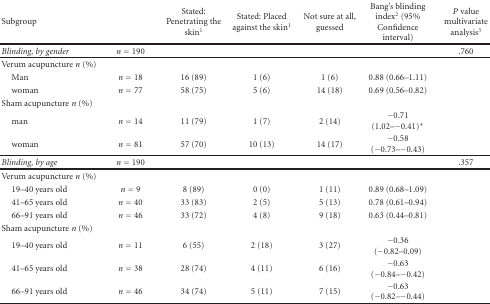
<table><thead><tr><td><b>Subgroup</b></td><td></td><td><b>Stated: Penetrating the skin<sup>1</sup></b></td><td><b>Stated: Placed against the skin<sup>1</sup></b></td><td><b>Not sure at all, guessed</b></td><td><b>Bang&#x27;s blinding index<sup>2</sup> (95% Confidence interval)</b></td><td><b><i>P</i> value multivariate analysis<sup>3</sup></b></td></tr></thead><tbody><tr><td><i>Blinding, by gender</i></td><td><i>n</i> = 190</td><td></td><td></td><td></td><td></td><td>.760</td></tr><tr><td>Verum acupuncture <i>n</i> (%)</td><td></td><td></td><td></td><td></td><td></td><td></td></tr><tr><td>Man</td><td><i>n</i> = 18</td><td>16 (89)</td><td> 1 (6)</td><td> 1 (6)</td><td>0.88 (0.66–1.11)</td><td></td></tr><tr><td>woman</td><td><i>n</i> = 77</td><td>58 (75)</td><td> 5 (6)</td><td>14 (18)</td><td>0.69 (0.56–0.82)</td><td></td></tr><tr><td>Sham acupuncture <i>n</i> (%)</td><td></td><td></td><td></td><td></td><td></td><td></td></tr><tr><td> man</td><td><i>n</i> = 14</td><td>11 (79)</td><td> 1 (7)</td><td> 2 (14)</td><td>−0.71 (1.02–−0.41)*</td><td></td></tr><tr><td>woman</td><td><i>n</i> = 81</td><td>57 (70)</td><td>10 (13)</td><td>14 (17)</td><td>−0.58 (−0.73–−0.43)</td><td></td></tr><tr><td><i>Blinding, by age</i></td><td><i>n</i> = 190</td><td></td><td></td><td></td><td></td><td>.357</td></tr><tr><td>Verum acupuncture <i>n</i> (%)</td><td></td><td></td><td></td><td></td><td></td><td></td></tr><tr><td> 19–40 years old</td><td><i>n</i> = 9</td><td> 8 (89)</td><td> 0 (0)</td><td> 1 (11)</td><td>0.89 (0.68–1.09)</td><td></td></tr><tr><td> 41–65 years old</td><td><i>n</i> = 40</td><td>33 (83)</td><td> 2 (5)</td><td> 5 (13)</td><td>0.78 (0.61–0.94)</td><td></td></tr><tr><td> 66–91 years old</td><td><i>n</i> = 46</td><td>33 (72)</td><td> 4 (8)</td><td> 9 (18)</td><td>0.63 (0.44–0.81)</td><td></td></tr><tr><td>Sham acupuncture <i>n</i> (%)</td><td></td><td></td><td></td><td></td><td></td><td></td></tr><tr><td> 19–40 years old</td><td><i>n</i> = 11</td><td> 6 (55)</td><td> 2 (18)</td><td> 3 (27)</td><td>−0.36 (−0.82–0.09)</td><td></td></tr><tr><td> 41–65 years old</td><td><i>n</i> = 38</td><td>28 (74)</td><td> 4 (11)</td><td> 6 (16)</td><td>−0.63 (−0.84–−0.42)</td><td></td></tr><tr><td> 66–91 years old</td><td><i>n</i> = 46</td><td>34 (74)</td><td> 5 (11)</td><td> 7 (15)</td><td>−0.63 (−0.82–−0.44)</td><td></td></tr></tbody></table>